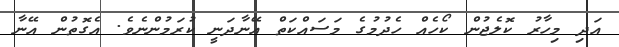
އަދި މިހާރު ކޮލެޖުން ކޯހެއް ހެދުމުގެ މަސައްކަތް އޭނާދަނީ ކުރަމުންނެވެ. އެގޮތުން އޭނާ